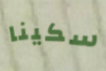
سكينا